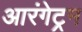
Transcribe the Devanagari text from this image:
आरंगेट्रम